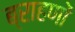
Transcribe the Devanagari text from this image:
ब्राहणों